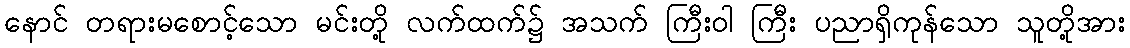
နောင် တရားမစောင့်သော မင်းတို့ လက်ထက်၌ အသက် ကြီးဝါ ကြီး ပညာရှိကုန်သော သူတို့အား